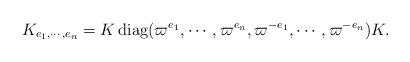
LaTeX: \begin{align*} K_{e_1,\cdots,e_n}&=K\,{\rm diag}(\varpi^{e_1}, \cdots, \varpi^{e_n},\varpi^{-e_1},\cdots,\varpi^{-e_n}) K.\end{align*}